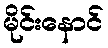
မိုင်းနောင်